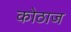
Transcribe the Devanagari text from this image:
कोठाज